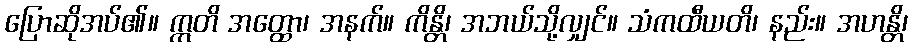
ပြောဆိုအပ်၏။ ဣတိ အတ္ထော၊ အနက်။ ကိန္တိ၊ အဘယ်သို့လျှင်။ သံကထီယတိ၊ နည်း။ အဟန္တိ၊